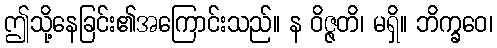
ဤသို့နေခြင်း၏အကြောင်းသည်။ န ဝိဇ္ဇတိ၊ မရှိ။ ဘိက္ခဝေ၊